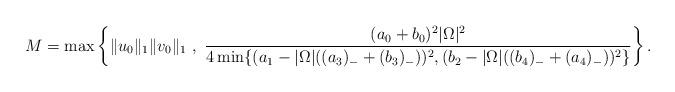
LaTeX: \begin{align*}M=\max\left\{ \|u_0\|_{1}\|v_0\|_{1}\ ,\ \frac{(a_0+b_0)^2|\Omega|^2}{4\min\{ (a_1-|\Omega|((a_3)_- +(b_3)_-))^2 , (b_2-|\Omega|((b_4)_- +(a_4)_-))^2\}}\right\}.\end{align*}